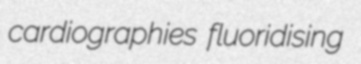
cardiographies fluoridising